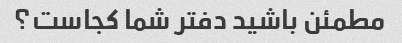
مطمئن باشید دفتر شما کجاست؟